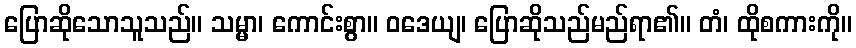
ပြောဆိုသောသူသည်။ သမ္မာ၊ ကောင်းစွာ။ ဝဒေယျ၊ ပြောဆိုသည်မည်ရာ၏။ တံ၊ ထိုစကားကို။